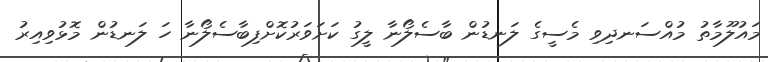
މައުލޫމާތު މުއްސަނދިވި މެސީގެ ލަނޑުން ބާސެލޯނާ ލީގު ކަށަވަރުކޮށްފިބާސެލޯނާ ހަ ލަނޑުން މޮޅުވިއިރު